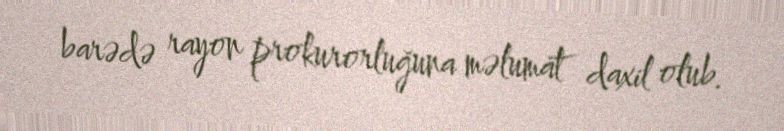
barədə rayon prokurorluğuna məlumat daxil olub.